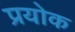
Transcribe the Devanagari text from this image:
प्रयोक